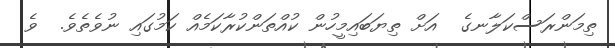
ތިމަންރަސްކަލާނގެ  އަށް ތިޔަބައިމީހުން ކުއްތަންކުރާކަމެއް ކަމުގައި ނުވެތެވެ.  ވެ